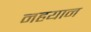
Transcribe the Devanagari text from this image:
नहयान